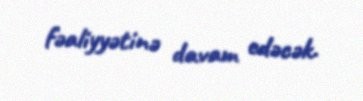
fəaliyyətinə davam edəcək.